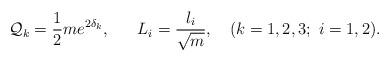
LaTeX: \begin{align*}{\cal Q}_k={1\over 2}me^{2\delta_k}, \ \ \ \ \ L_i={{l_i}\over {\sqrt{m}}}, \ \ \ (k=1,2,3;\ i=1,2). \end{align*}